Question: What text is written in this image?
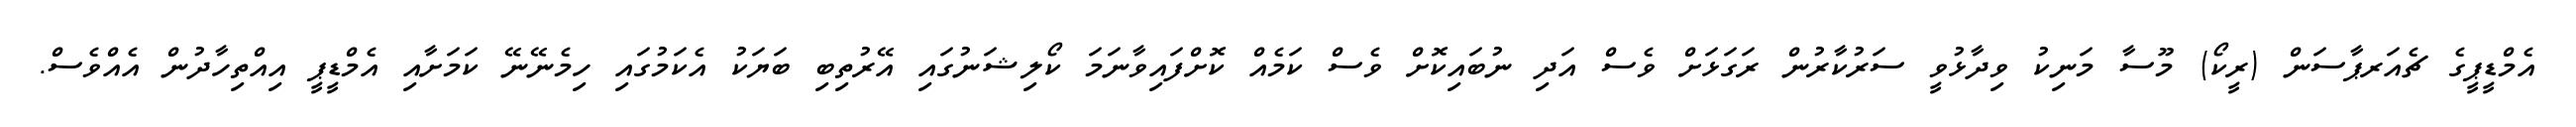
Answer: އެމްޑީޕީގެ ޗެއަރޕާސަން (ރީކޯ) މޫސާ މަނިކު ވިދާޅުވީ ސަރުކާރުން ރަގަޅަށް ވެސް އަދި ނުބައިކޮށް ވެސް ކަމެއް ކޮށްފައިވާނަމަ ކޯލިޝަނުގައި އޭރުތިބި ބަޔަކު އެކަމުގައި ހިމެނޭނޭ ކަމަށާއި އެމްޑީޕީ އިއްތިހާދުން އެއްވެސް.